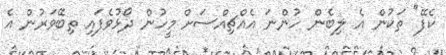
ކެފޭ" ތަކުން އެ ލިބެން ހުންނަ އެއްޗިއްސަށް މީހުން ދޯޅުވެފައި ތިބޭވަރުން އެ